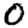
Digit: 0